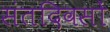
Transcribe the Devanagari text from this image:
संतदिवसों